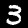
Digit: 3